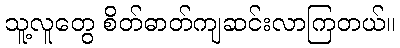
သူ့လူတွေ စိတ်ဓာတ်ကျဆင်းလာကြတယ်။